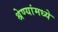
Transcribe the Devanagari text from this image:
श्रेण्यांमध्ये